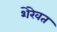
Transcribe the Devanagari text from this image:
शेरेवत